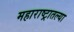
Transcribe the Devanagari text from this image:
महाराष्‍ट्रातल्या